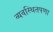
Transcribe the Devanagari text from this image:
व्यवस्थितपणा